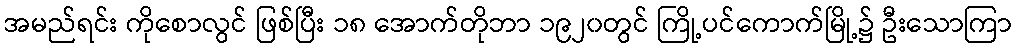
အမည်ရင်း ကိုစောလွင် ဖြစ်ပြီး ၁၈ အောက်တိုဘာ ၁၉၂၀တွင် ကြို့ပင်ကောက်မြို့၌ ဦးသောကြာ